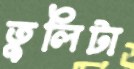
তুলিটা